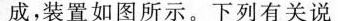
成，装置如图所示。下列有关说